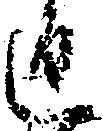
返